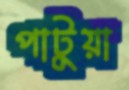
পাটুয়া